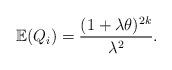
LaTeX: \begin{align*} \mathbb{E}(Q_i) = \frac{(1+\lambda\theta)^{2k}}{\lambda^2}.\end{align*}